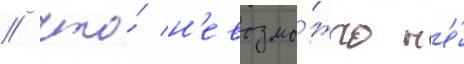
/ что́ н'евозмо́жно н'е́